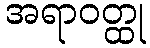
အရာဝတ္ထု